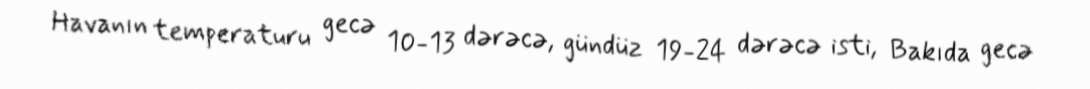
Havanın temperaturu gecə 10-13 dərəcə, gündüz 19-24 dərəcə isti, Bakıda gecə